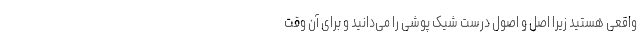
واقعی هستید زیرا اصل و اصول درست شیک پوشی را می‌دانید و برای آن وقت